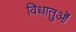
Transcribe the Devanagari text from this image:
विधातुओं